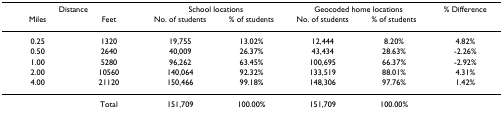
| <COLSPAN=2> Distance | <COLSPAN=2> School locations | <COLSPAN=2> Geocoded home locations | % Difference |
 | Miles | Feet | No. of students | % of students | No. of students | % of students |  |
 | --- | --- | --- | --- | --- | --- | --- |
 | 0.25 | 1320 | 19,755 | 13.02% | 12,444 | 8.20% | 4.82% |
 | 0.50 | 2640 | 40,009 | 26.37% | 43,434 | 28.63% | -2.26% |
 | 1.00 | 5280 | 96,262 | 63.45% | 100,695 | 66.37% | -2.92% |
 | 2.00 | 10560 | 140,064 | 92.32% | 133,519 | 88.01% | 4.31% |
 | 4.00 | 21120 | 150,466 | 99.18% | 148,306 | 97.76% | 1.42% |
 |  | Total | 151,709 | 100.00% | 151,709 | 100.00% |  |